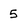
Character: 5